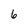
Character: 6